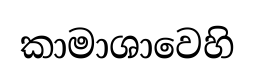
කාමාශාවෙහි